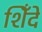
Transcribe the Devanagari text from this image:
शिँदे